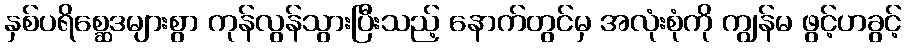
နှစ်ပရိစ္ဆေဒများစွာ ကုန်လွန်သွားပြီးသည့် နောက်တွင်မှ အလုံးစုံကို ကျွန်မ ဖွင့်ဟခွင့်